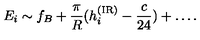
E _ { i } \sim f _ { B } + \frac \pi R ( h _ { i } ^ { \mathrm { \tiny ( I R ) } } - \frac c { 2 4 } ) + \ldots .